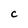
Character: C